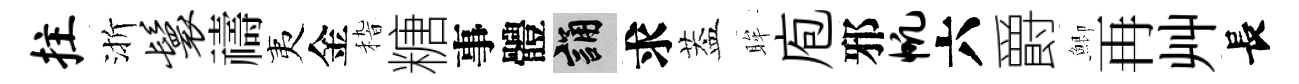
拄渐鬟禱夷金𥟵糖事體誦求葢眸庖邪帆六爵鯽再艸長